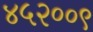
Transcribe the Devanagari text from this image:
४५२००९